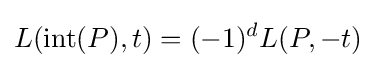
L(\operatorname {int} (P),t)=(-1)^{d}L(P,-t)